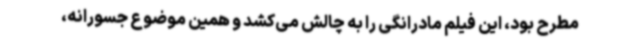
مطرح بود، این فیلم مادرانگی را به چالش می‌کشد و همین موضوع جسورانه،